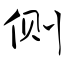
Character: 侧